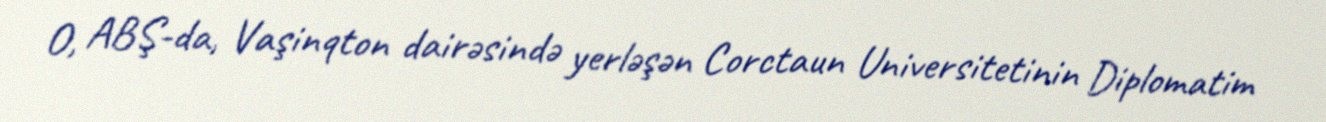
O, ABŞ-da, Vaşinqton dairəsində yerləşən Corctaun Universitetinin Diplomatim